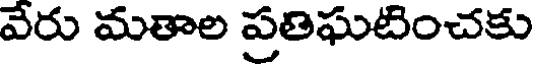
వేరు మతాల ప్రతిఘటించకు